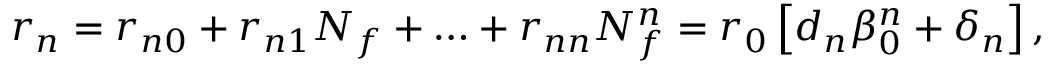
r _ { n } = r _ { n 0 } + r _ { n 1 } N _ { f } + \ldots + r _ { n n } N _ { f } ^ { n } = r _ { 0 } \left[ d _ { n } \beta _ { 0 } ^ { n } + \delta _ { n } \right] ,